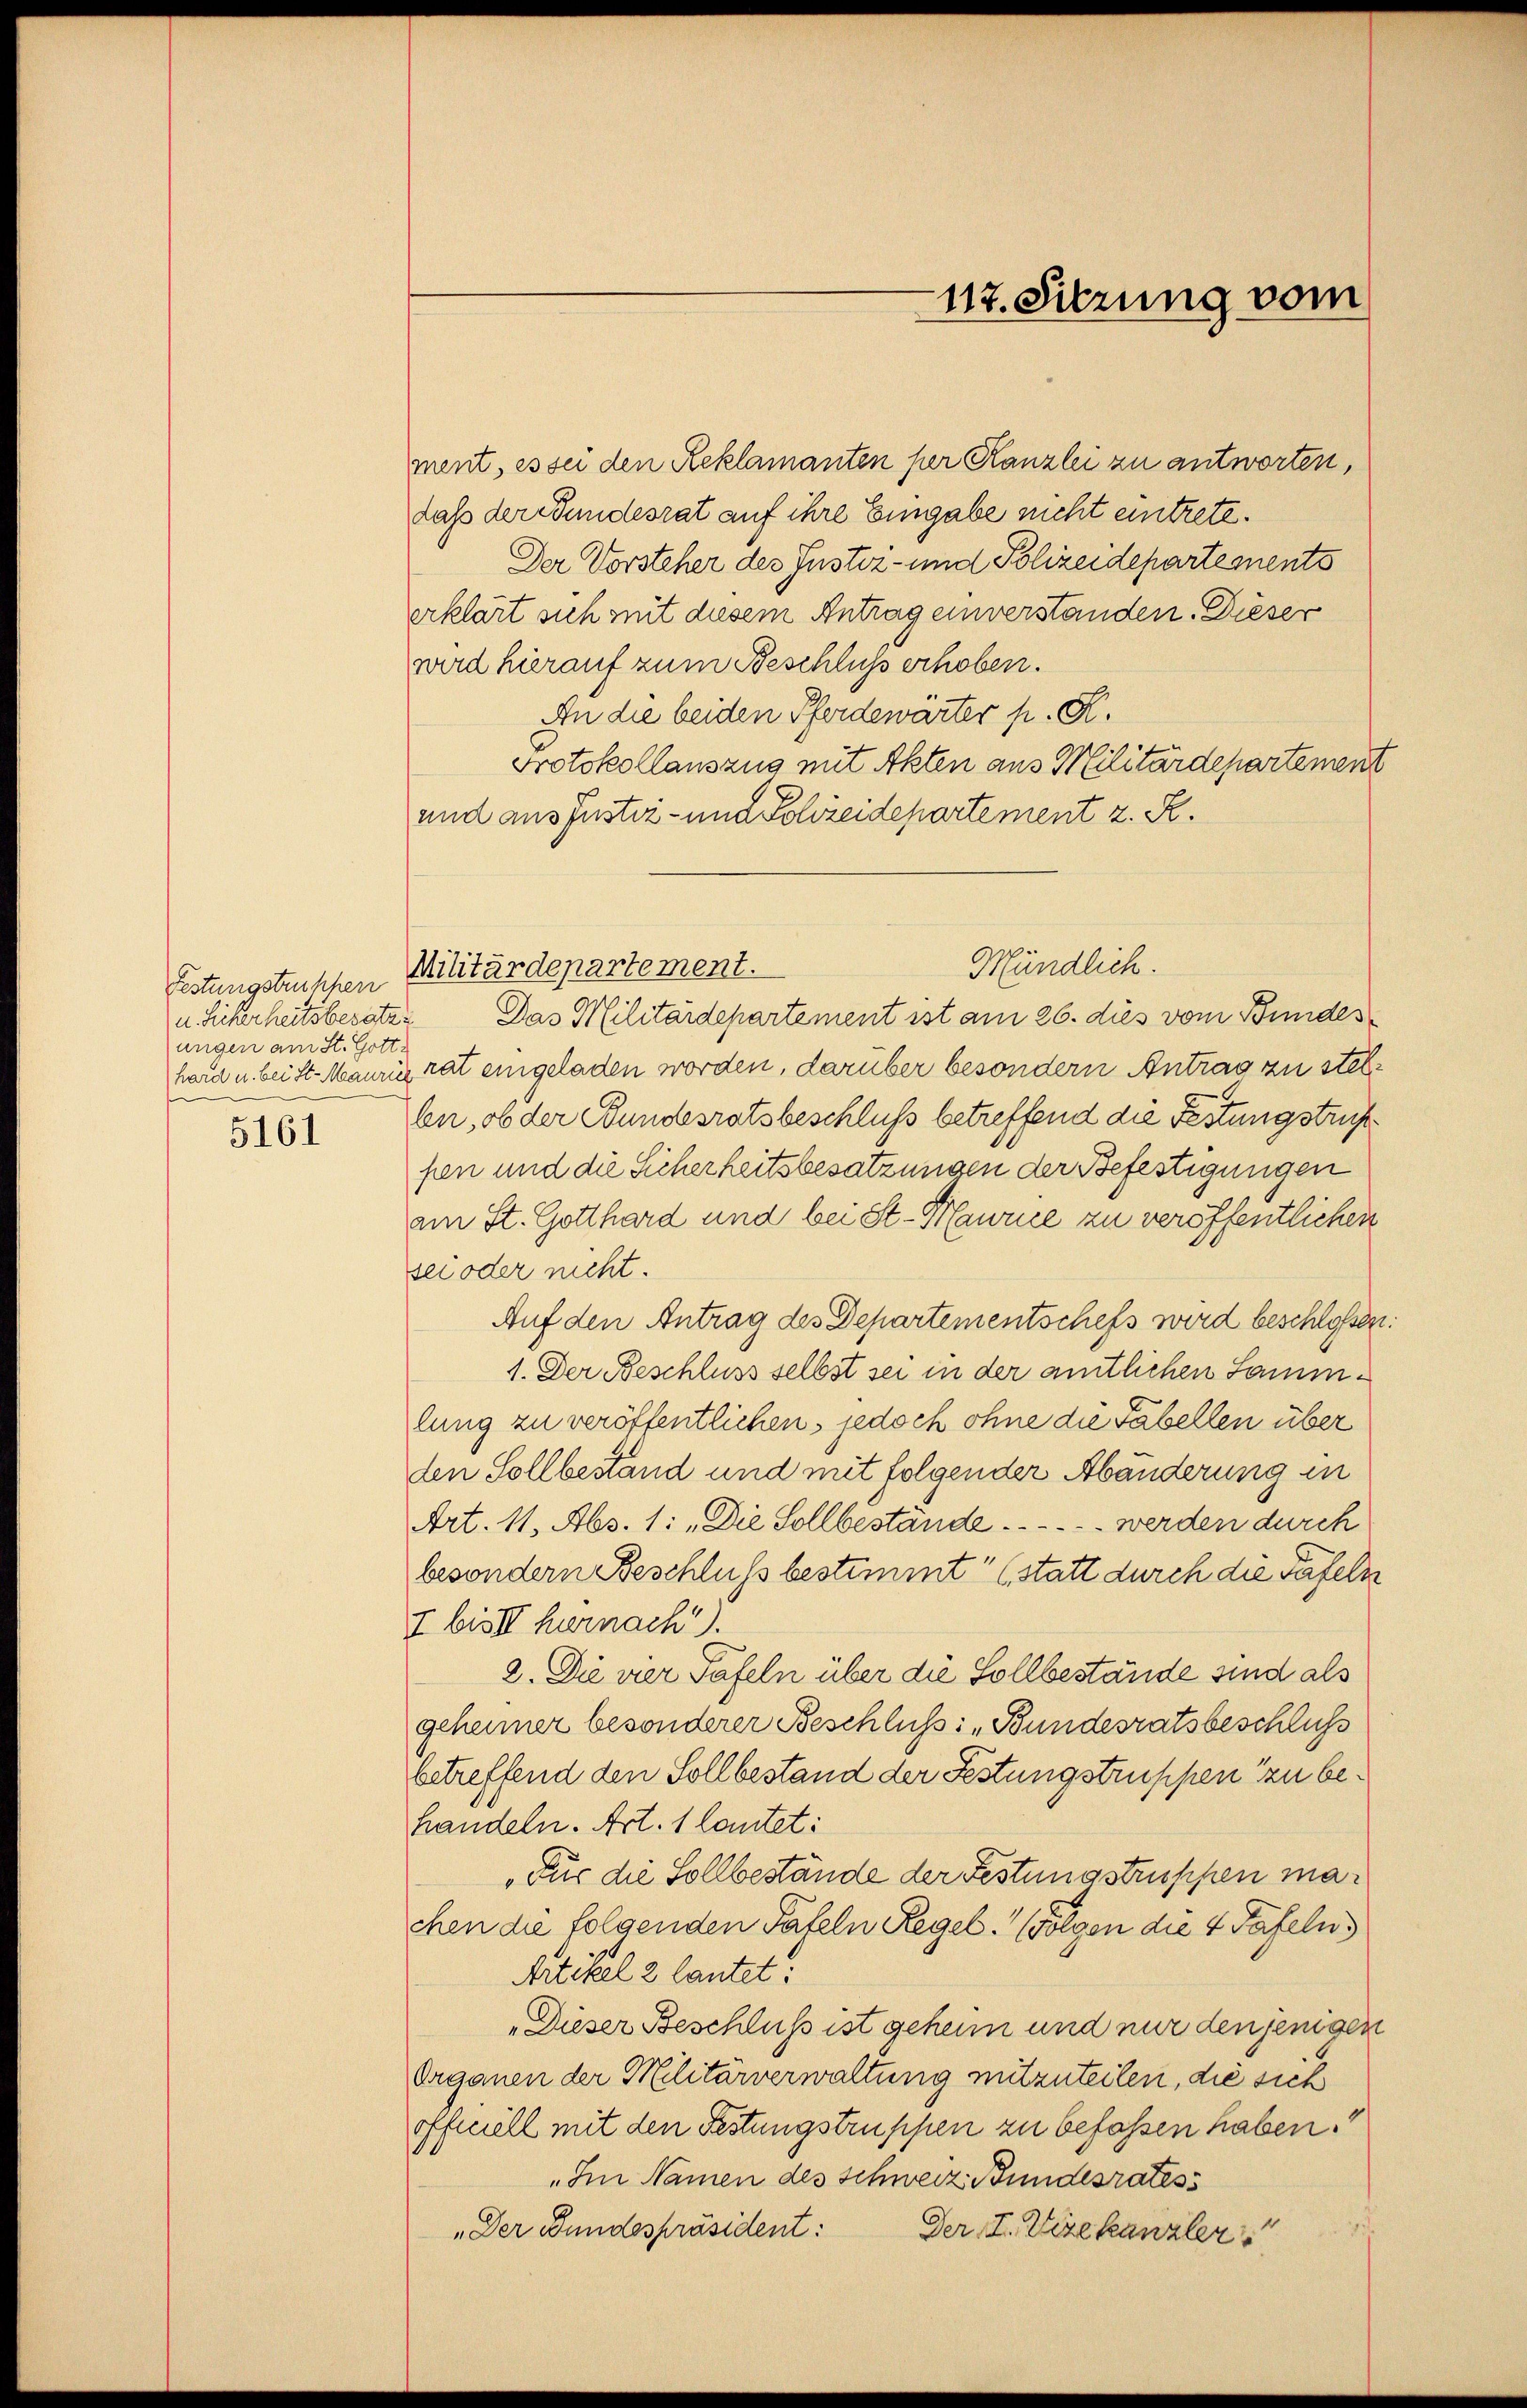
Festungstruppen
u. Sicherheits besatz
ungen am St. Gott¬

5161

ment, es sei den Reklamanten per Kanzlei zu antworten,
daß der Bundesrat auf ihre Eingabe nicht eintrete¬
Der Vorsteher des Justiz- und Polizeidepartements
erklärt sich mit diesem Antrag einverstanden. Dieser
wird hierauf zum Beschluß erhoben.
An die beiden Pferdewärter p. K.
Protokollauszug mit Akten aus Militärdepartemen
und aus Justiz- und Schreidepartement z. R.
Das Militärdepartement ist am 26. dies vom Bundes
hard u. bei St. Maurig rat eingeladen worden, darüber besondern Antrag zu stelbe, ob der Bundesratsbeschluß betreffend die Festungstrup
pen und die Sicherheitsbesatzungen der Befestigungen
am St. Gotthard und bei St. Maurie zu veröffentlichen
sei oder nicht.
Auf den Antrag des Departementschefs wird beschloss
1. Der Beschluss selbst sei in der amtlichen Sammlung zu veröffentlichen jedoch ohne die Fabellen über
den Sollbeständ und mit folgender Abänderung in
Art. 11, Abs. 1: „Die Sollbestände . . . . . . werden durch
besondern Beschluss bestimmt“ (statt durch die Tafeln
7 bist hiernach).
2. Die vier Tafeln über die Sollbestände sind als
geheimer besonderer Beschluß: „Bundesratsbeschluss
betreffend den Soll bestand der Festungstruppen zu behandeln. Art. 1 lautet:
„Für die Sollbestände der Festungstruppen machen die folgenden Tafeln Regel. (Folgen die 4 Tafeln
Artikel 2 lautet:
„Dieser Beschluß ist geheim und nur denjenigen
Organen der Militärverwaltung mitzuteilen, die sich
officiell mit den Festungstruppen zu befassen haben.
„Im Namen des Schweiz Bundesrates
„Der Bundespräsident:
Der I. Vizekanzler

Militärdepartement.

117. Sitzung vom

Mündlich.